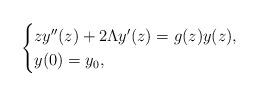
LaTeX: \begin{align*}\begin{cases}zy''(z)+2\Lambda y'(z)=g(z)y(z), \\y(0)=y_0,\end{cases}\end{align*}